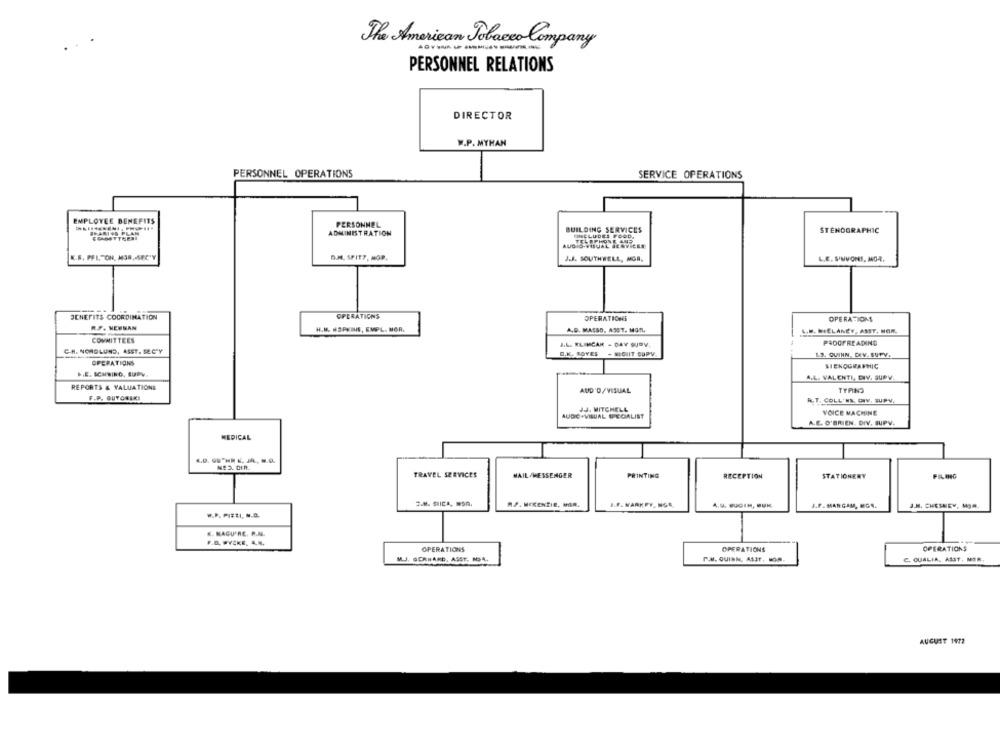
The American Tobacco Company
PERSONNEL RELATIONS
DIRECTOR
W.P. MYHAN
PERSONNEL OPERATIONS
SERVICE OPERATIONS
EMPLOYEE BENEFITS
PERSONNEL
BRARISO PLA
ADMINISTRATION
BUILDING SERVICES
STENOGRAPHIC
OINCLUDES FOOD,
AUDIO-VIJAL SERVICES
D.H. SPIT7. MOP
K.R. PFL TON, MOR,SEC'Y
J.J. SOUTHWELL, MGR.
L.E. SINVONS, MGR.
BENEFITS COORDINATION
OPERATIONS
OPERATIONS
OPERATIONS
R.F. NEWMAN
H.M. HOPKINS, EMPL. MOR.
A.D. MASSO, ASST. MGR.
L.M. MEELANEY, ASST. MOR.
COMMITTEES
B.L. ELIMCAK - DAY SUBV.
PROOFREADING
CH. NORDLUND, ASST. SE.C"Y
O.K. BOYES
- MIGUIT CUPV.
1.3. QUINN, DIV. SUTV.
OPERATIONS
SIEKOGRAPHIC
.. E. ICHBINO, LUPY
A.L. VALENTI, DIV. GUPV
REPORTS & VALUATIONE
AUD'D/ VISUAL
TYPING
F.P. GUYONSEI
R.T. COLLINS. CIV. SUPV.
JJ. MITCHELL
VOICE MACHINE
AUDIO -VISUAL SPECIALIST
A.E. O'BRIEN. DIV. SUPV.
MEDICAL
NEJ. DIR.
TRAVEL SERVICES
MAIL /MESSENGER
PRINTING
RECEPTION
STATIONERY
MJ. MCKENZIE, MGR.
J.F. MARK PY, NOR
J.F . MAN GAM, MEGS.
J.M. CHESNEY, MOR
K. KAGU'RE. R.N.
F.D. WYCKE, A,N.
OPERATIONS
OPERATIONS
OPERATIONS
M.J. GERHARD, ASAT, NOA.
P.M. QUINN, ASST, MOR.
C. QUALIA, ASST, MOR.
AUGUST 1972